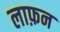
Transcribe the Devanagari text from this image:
लाफ़न